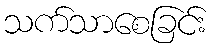
သက်သာစေခြင်း